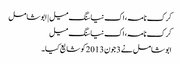
کرک نامہ، اک نیا سنگ میل | ابوشامل
کرک نامہ، اک نیا سنگ میل
ابوشامل نے 3 جون 2013 کو شایع کیا۔